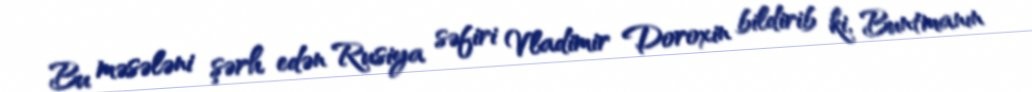
Bu məsələni şərh edən Rusiya səfiri Vladimir Doroxin bildirib ki, Buntmanın